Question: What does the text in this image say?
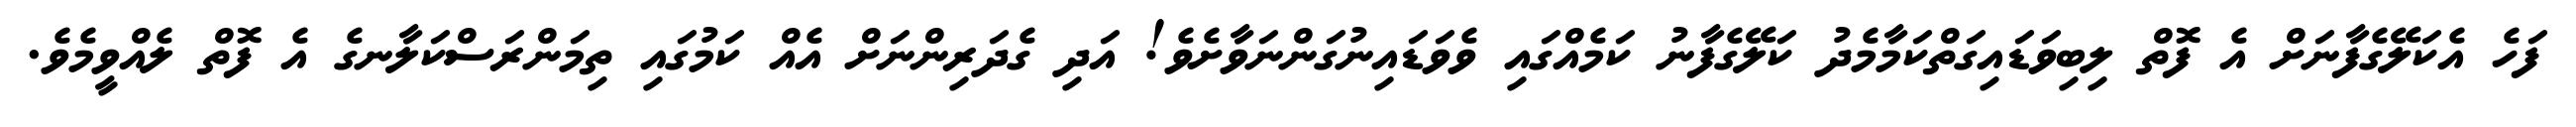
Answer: ފަހެ އެކަލޭގެފާނަށް އެ ފޮތް ލިބިވަޑައިގަތްކަމާމެދު ކަލޭގެފާނު ކަމެއްގައި ވެވަޑައިނުގަންނަވާށެވެ! އަދި ގެދަރިންނަށް އެއް ކަމުގައި ތިމަންރަސްކަލާނގެ އެ ފޮތް ލެއްވީމެވެ.